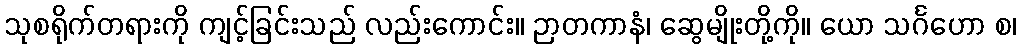
သုစရိုက်တရားကို ကျင့်ခြင်းသည် လည်းကောင်း။ ဉာတကာနံ၊ ဆွေမျိုးတို့ကို။ ယော သင်္ဂဟော စ၊